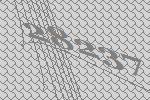
28237